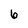
Character: 6